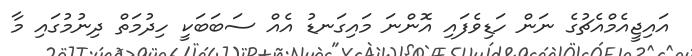
އައިޖީއެމްއެޗުގެ ނަން ހަޑިވެފައި އޮންނަ މައިގަނޑު އެއް ސަބަބަކީ ހިދުމަތް ދިނުމުގައި މާ